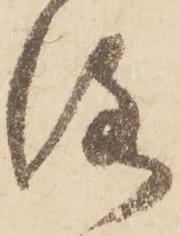
洛